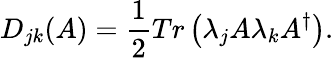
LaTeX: D_{jk}(A)=\frac{1}{2}Tr\left(\lambda_{j}A\lambda_{k}A^{\dagger}\right).